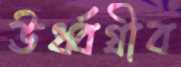
ঊর্ধ্বগ্রীব